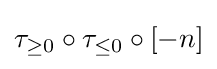
\tau _{\geq 0}\circ \tau _{\leq 0}\circ [-n]